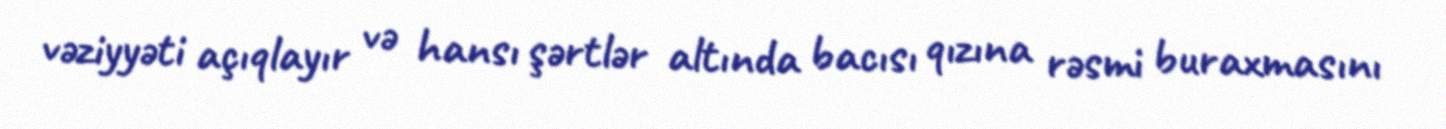
vəziyyəti açıqlayır və hansı şərtlər altında bacısı qızına rəsmi buraxmasını